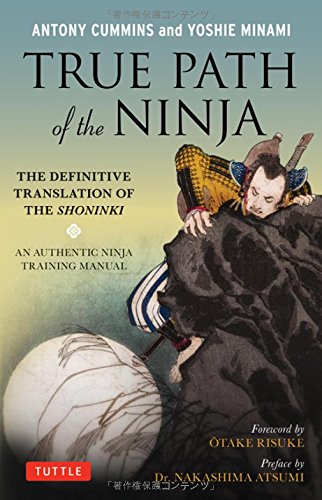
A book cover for True Path of the Ninja: The Definitive Translation of the Shoninki (An Authentic Ninja Training Manual); Antony Cummins; History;